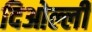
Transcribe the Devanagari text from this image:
दिओल्ली